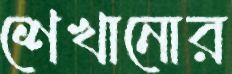
শেখানোর